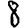
Digit: 8